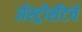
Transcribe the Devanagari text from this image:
ॲस्ट्रोसॅटचे